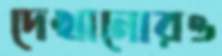
দেখানোরও